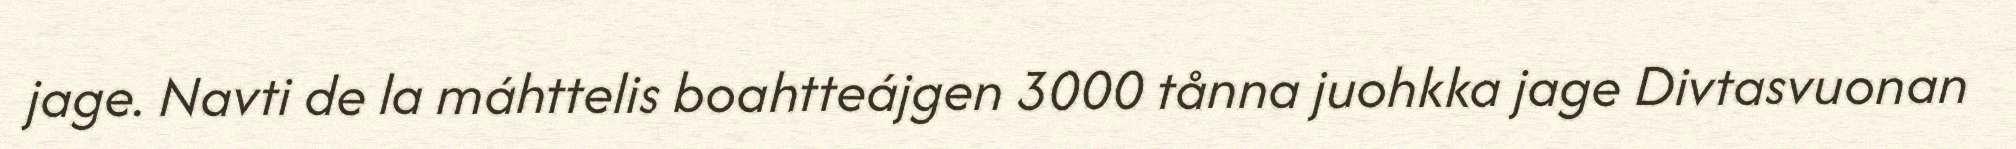
jage. Navti de la máhttelis boahtteájgen 3000 tånna juohkka jage Divtasvuonan